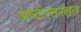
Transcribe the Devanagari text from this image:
अष्‍टोत्‍तरशत